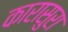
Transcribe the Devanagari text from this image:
कारासुरा